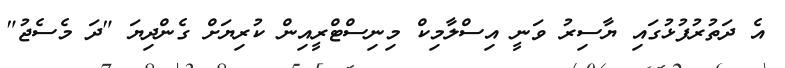
އެ ދަތުރުފުޅުގައި ޔާސިރު ވަނީ އިސްލާމިކް މިނިސްޓްރީއިން ކުރިޔަށް ގެންދިޔަ "ދަ މެސެޖު"